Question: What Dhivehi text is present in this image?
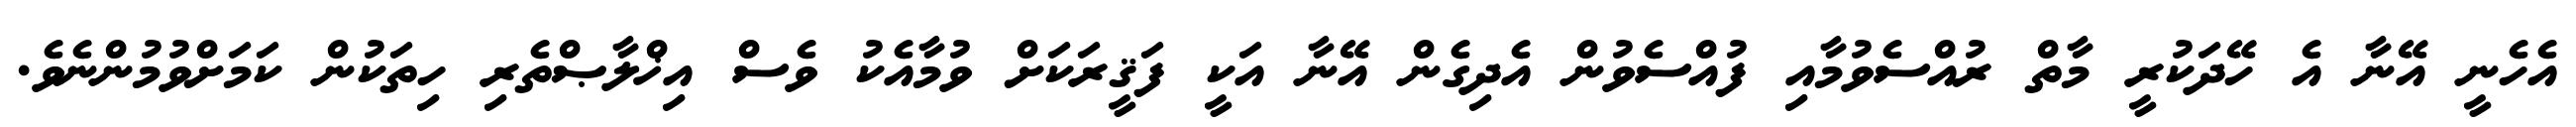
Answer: އެހެނީ އޭނާ އެ ހޭދަކުރީ މާތް ރުއްސެވުމާއި ފުއްސެވުން އެދިގެން އޭނާ އަކީ ފަޤީރަކަށް ވުމާއެކު ވެސް އިޚްލާޞްތެރި ހިތަކުން ކަމަށްވުމުންނެވެ.